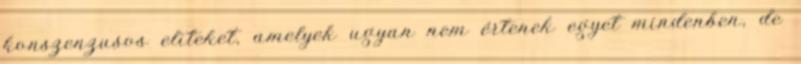
konszenzusos eliteket, amelyek ugyan nem értenek egyet mindenben, de